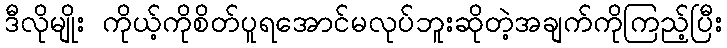
ဒီလိုမျိုး ကိုယ့်ကိုစိတ်ပူရအောင်မလုပ်ဘူးဆိုတဲ့အချက်ကိုကြည့်ပြီး